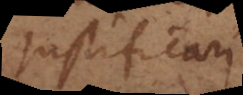
justificari